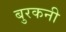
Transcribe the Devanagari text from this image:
बुरकनी